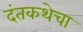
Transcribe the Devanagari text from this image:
दंतकथेचा